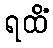
ရထိံ